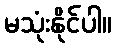
မသုံးနိုင်ပါ။